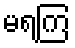
မရကြ